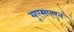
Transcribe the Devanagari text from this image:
यूएसएएन